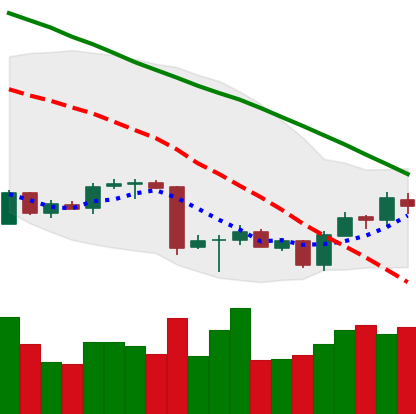
Ticker: BTC-USD
Chart end date: 2018-07-03
Forward return: 3.741%
Label: up_3_5